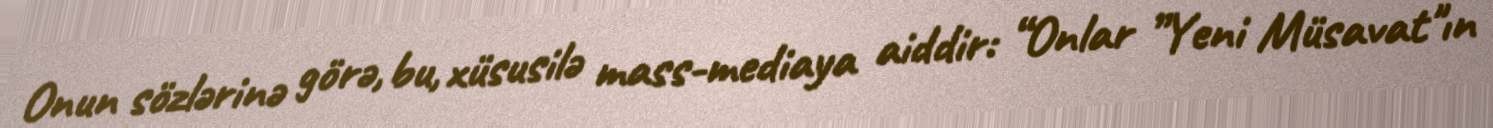
Onun sözlərinə görə, bu, xüsusilə mass-mediaya aiddir: “Onlar ”Yeni Müsavat"ın